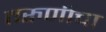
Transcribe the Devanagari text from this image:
तरुणीचा